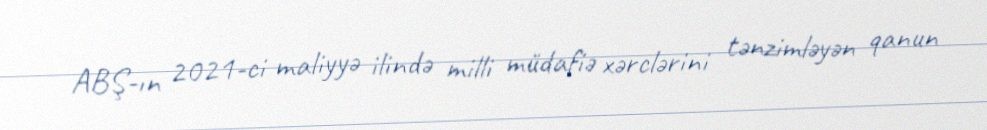
ABŞ-ın 2021-ci maliyyə ilində milli müdafiə xərclərini tənzimləyən qanun